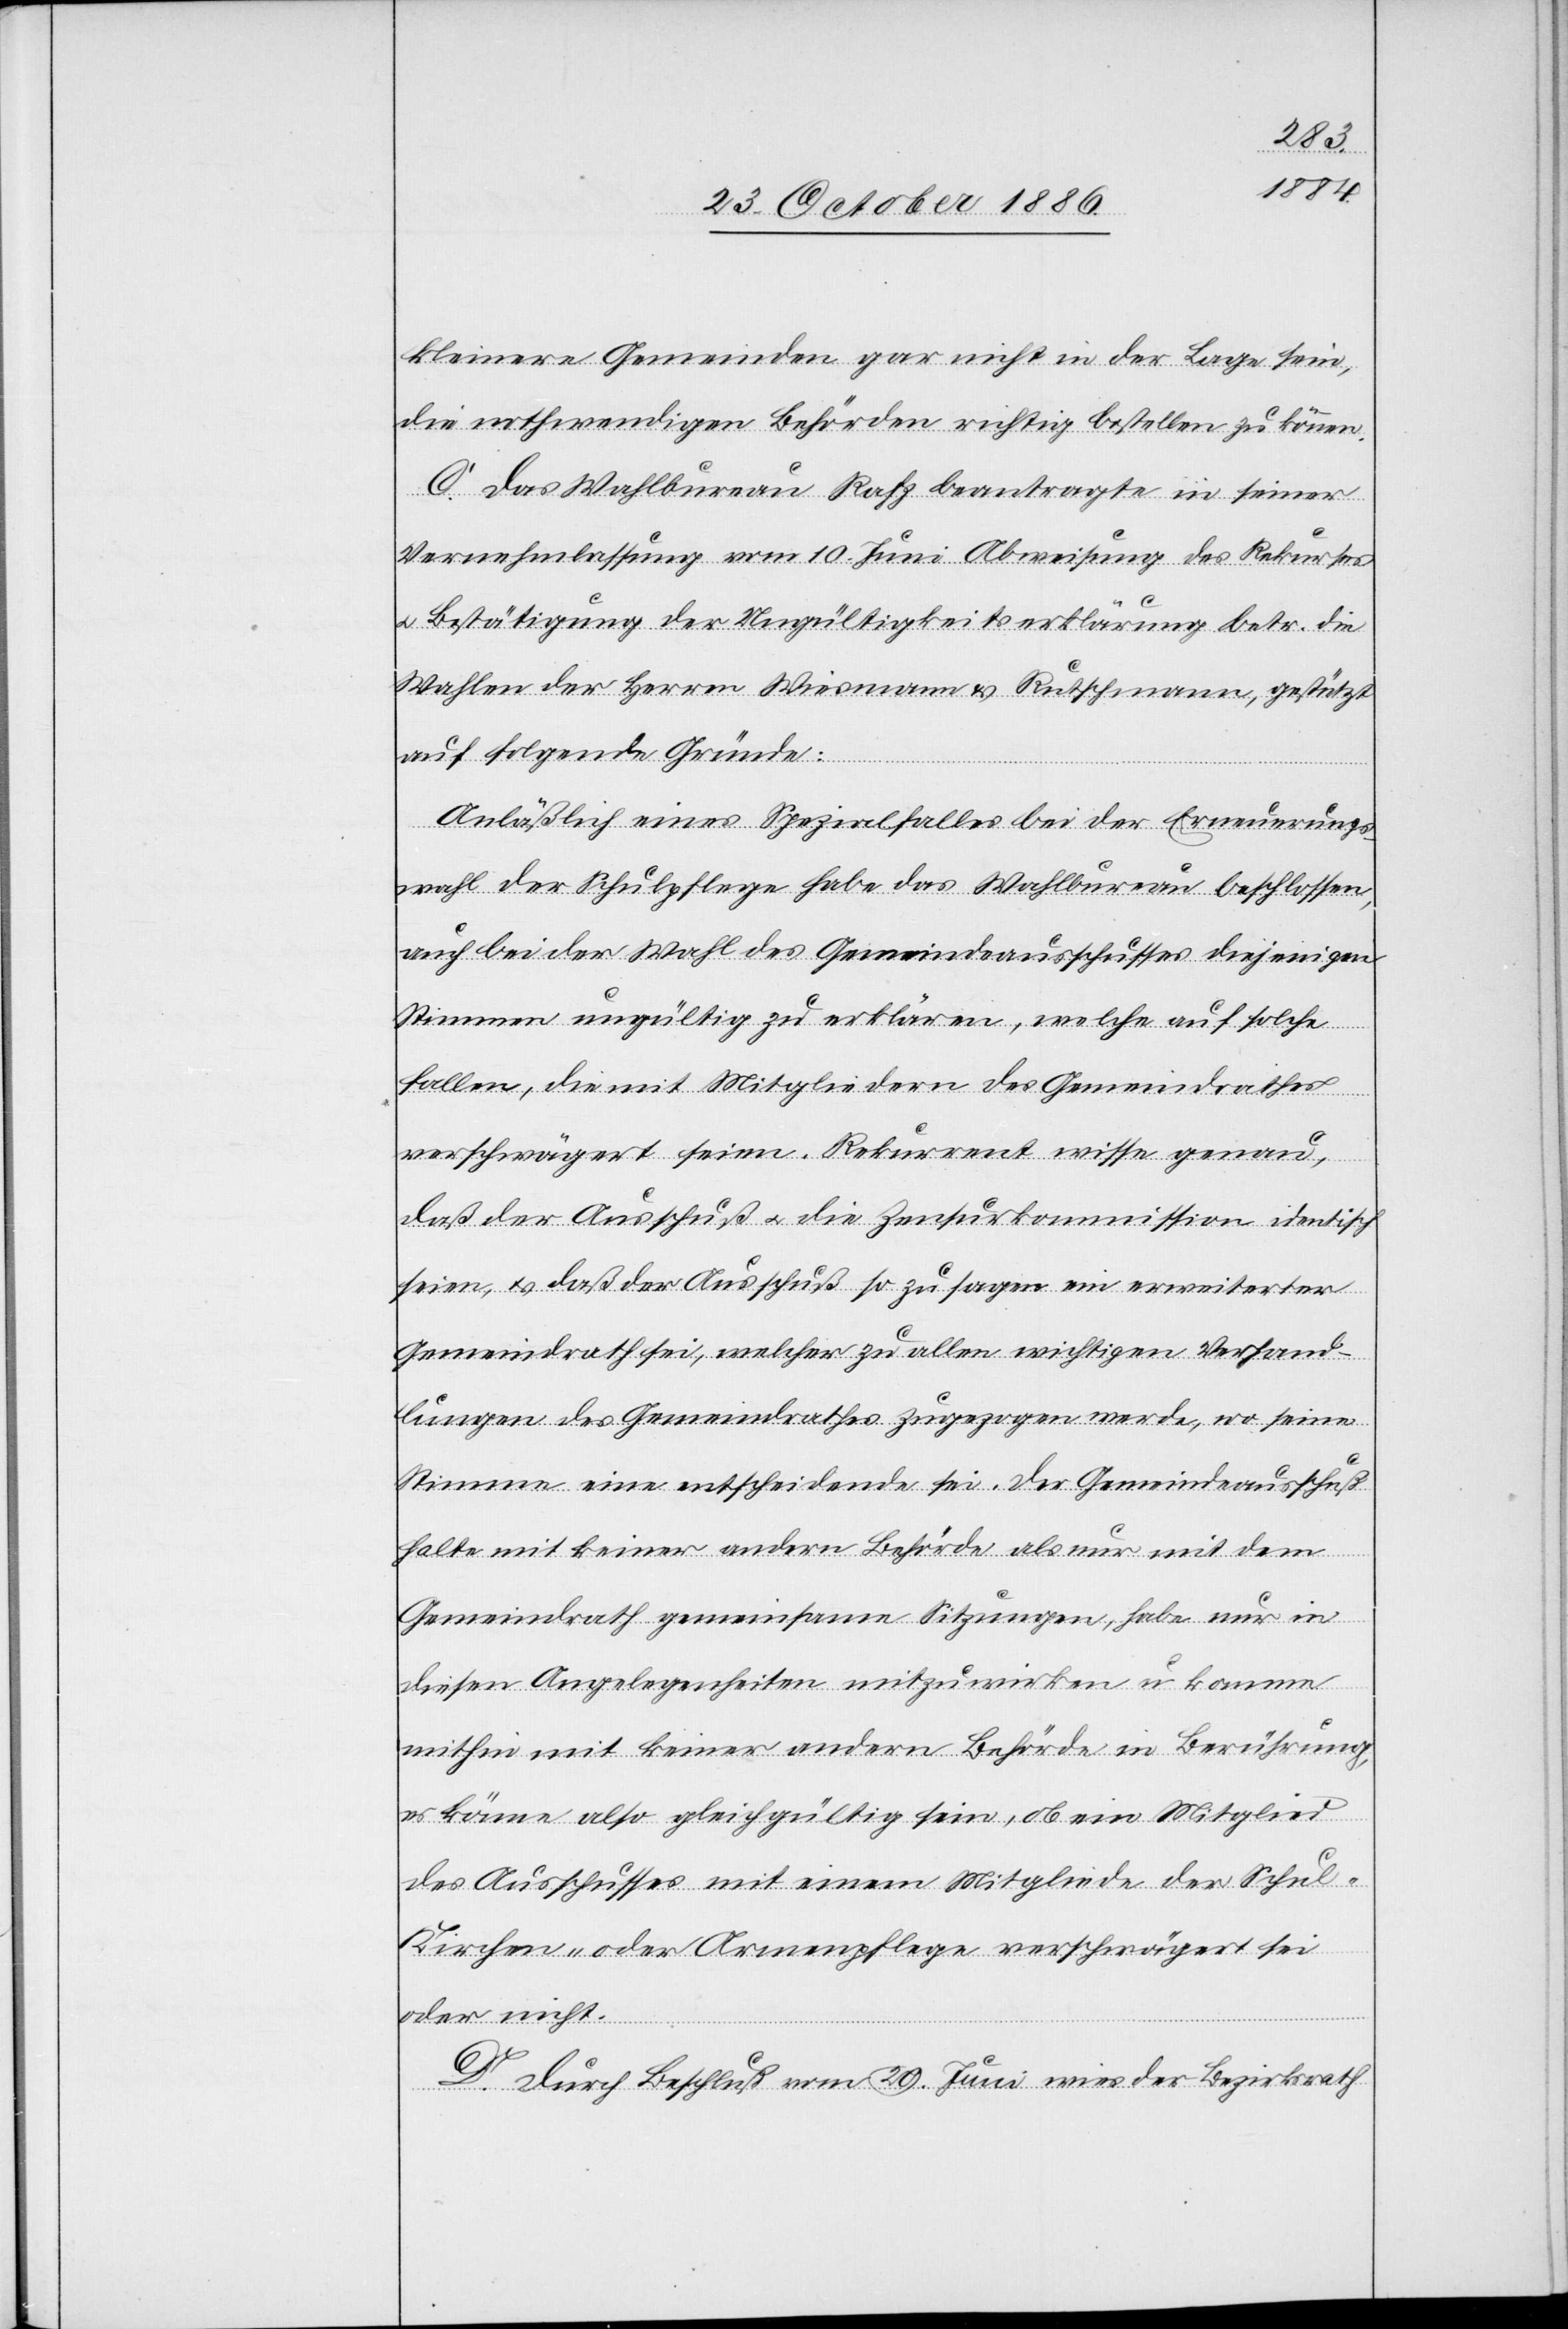
kleinere Gemeinden gar nicht in der Lage sein,
die nothwendigen Behörden richtig bestellen zu können.
C. Das Wahlbureau Rafz beantragte in seiner
Vernehmlassung vom 10. Juni Abweisung des Rekurses
& Bestätigung der Ungültigkeitserklärung betr. die
Wahlen der Herren Wiesmann & Rutschmann, gestützt
auf folgende Gründe:
Anläßlich eines Spezialfalles bei der Erneuerungs¬
wahl der Schulpflege habe das Wahlbureau beschlossen,
auch bei der Wahl des Gemeindeausschusses diejenigen
Stimmen ungültig zu erklären, welche auf solche
fallen, die mit Mitgliedern des Gemeindrathes
verschwägert seien. Rekurrent wisse genau,
daß der Ausschuß & die Zensurkommission identisch
seien, & daß der Ausschuß so zu sagen ein erweiterter
Gemeindrath sei, welcher zu allen wichtigen Verhand¬
lungen des Gemeindrathes zugezogen werde, wo seine
Stimme eine entscheidende sei. Der Gemeindeausschuß
halte mit keiner andern Behörde als nur mit dem
Gemeindrath gemeinsame Sitzungen, habe nur in
diesen Angelegenheiten mitzuwirken u. komme
mithin mit keiner andern Behörde in Berührung,
es könne also gleichgültig sein, ob ein Mitglied
des Ausschusses mit einem Mitgliede der Schul-
Kirchen- oder Armenpflege verschwägert sei
oder nicht.
D. Durch Beschluß vom 29. Juni wies der Bezirksrath